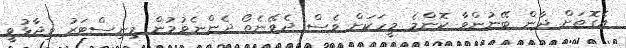
އެގޮތަށް ދާން ބޭނުންވާ ކޮންމެ މީހަކަށް ވެސް ދެވޭނެތޯ ދެންނެވުމުން މިނިސްޓަރު ވިދާޅުވީ